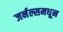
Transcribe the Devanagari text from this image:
जर्नल्समधून